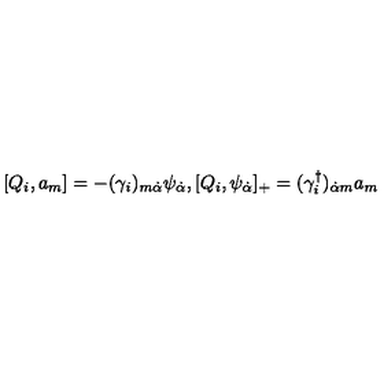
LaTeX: [ Q _ { i } , a _ { m } ] = - ( \gamma _ { i } ) _ { m \dot { \alpha } } \psi _ { \dot { \alpha } } , [ Q _ { i } , \psi _ { \dot { \alpha } } ] _ { + } = ( \gamma _ { i } ^ { \dagger } ) _ { \dot { \alpha } m } a _ { m }